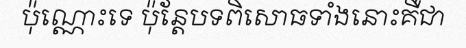
ប៉ុណ្ណោះទេ ប៉ុន្តែបទពិសោធទាំងនោះគឺជា